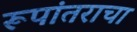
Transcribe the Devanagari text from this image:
रूपांतराचा